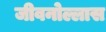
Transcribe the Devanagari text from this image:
जीवनोल्लास